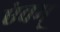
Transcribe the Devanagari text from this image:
एंवम्